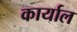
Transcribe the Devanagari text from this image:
कार्याल